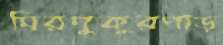
মিরপুকুরপাড়